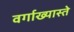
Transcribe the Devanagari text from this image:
वर्गाख्यास्ते